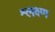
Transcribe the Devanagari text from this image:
श्लक्ष्ण